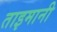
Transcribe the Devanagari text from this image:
ताइमानी